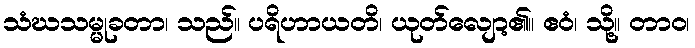
သံဃသမ္မုခတာ၊ သည်။ ပရိဟာယတိ၊ ယုတ်လျော့၏။ ဧဝံ၊ သို့။ တာဝ၊